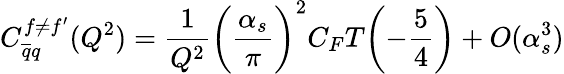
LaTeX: C_{\overline{{{q}}}q}^{f\neq f^{\prime}}(Q^{2})=\frac{1}{Q^{2}}\biggl(\frac{\alpha_{s}}{\pi}\biggr)^{2}C_{F}T\biggl(-\frac{5}{4}\biggr)+O(\alpha_{s}^{3})